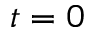
t = 0